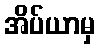
အိပ်ယာမှ